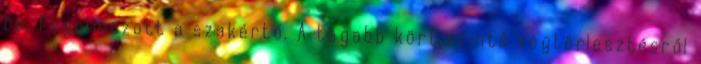
be, fogalmazott a szakértő. A tágabb kört érintő végtörlesztésről